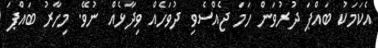
އެކަމަކު ބައްޕަ ދުރުވަން ހަމަ ޖެއްސެވި ދުވަހެއް ވިދާޅެއް ނުވޭ. މިހާރު ބައްޕަ